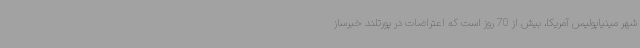
شهر مینیاپولیس آمریکا، بیش از 70 روز است که اعتراضات در پورتلند خبرساز